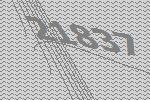
21837